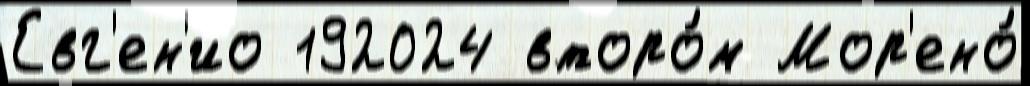
Евг'ен'ио 192024 второ́м Мор'ено́